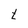
Character: t